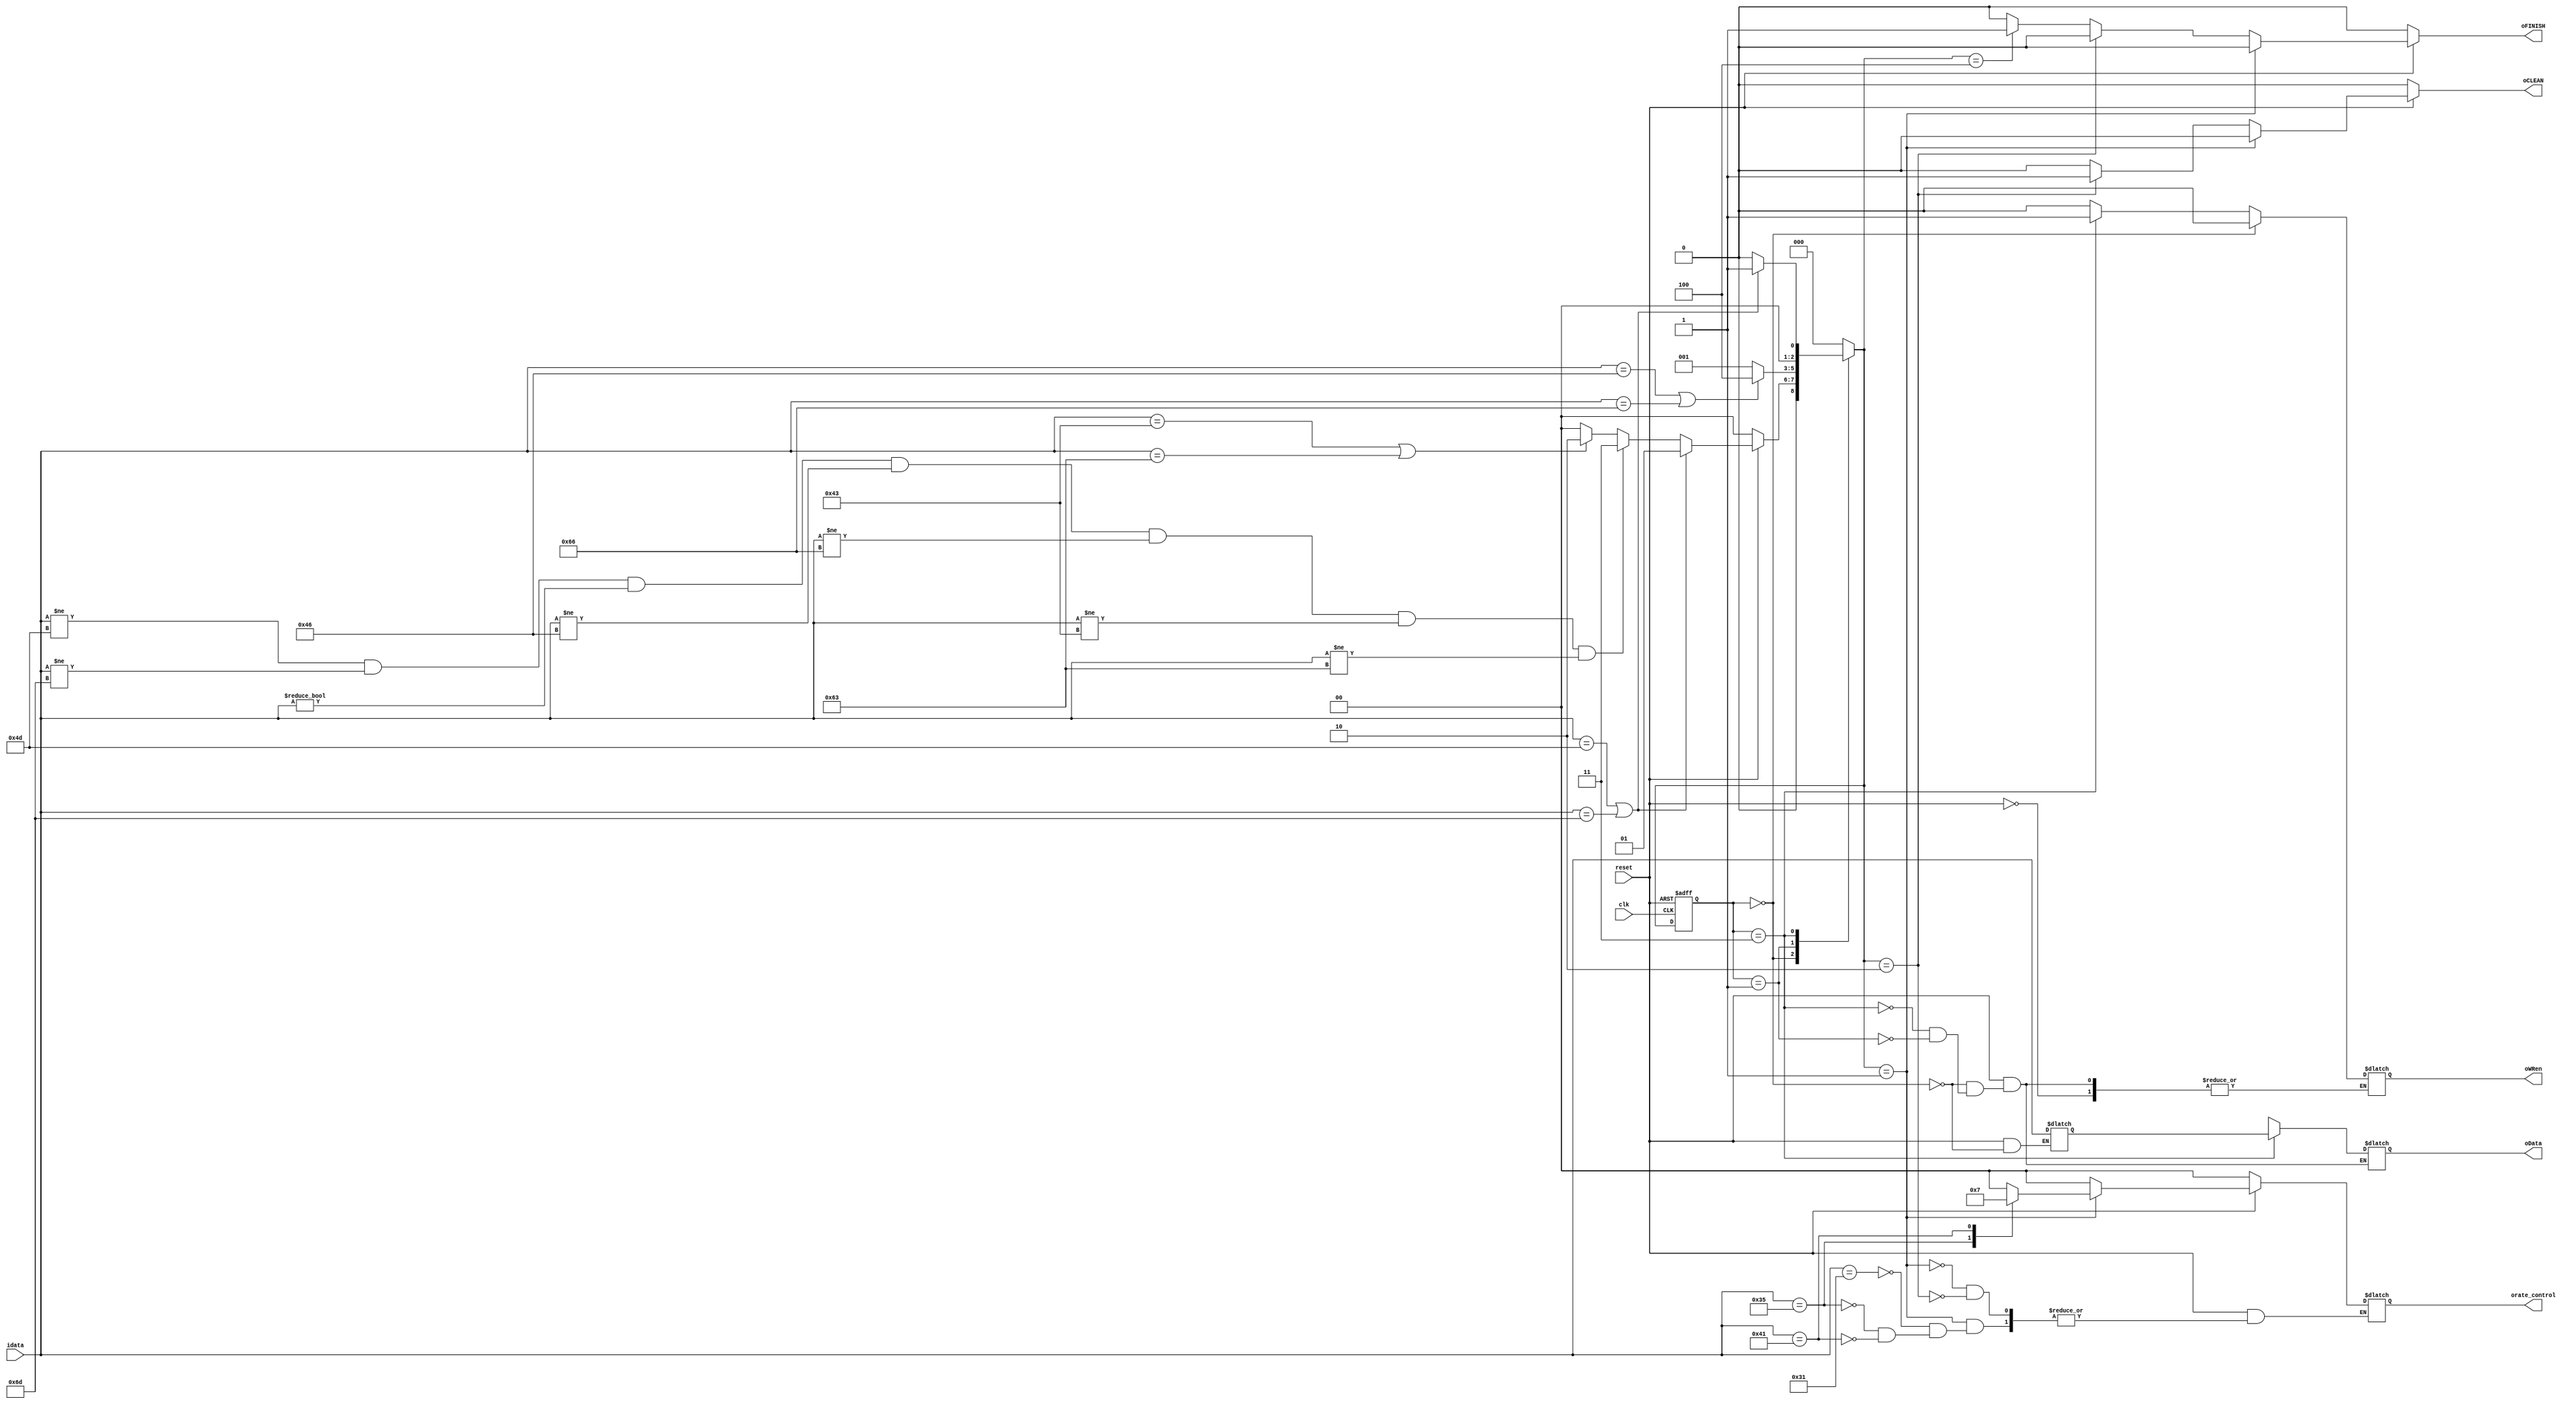
module MODE_CONTROL(clk,reset,idata,orate_control,oData,oWRen,oCLEAN,oFINISH);
input clk,reset;
input [7:0] idata;
output [7:0] oData;
output [1:0]orate_control;
output oWRen;

output oCLEAN;
output oFINISH;

parameter IDLE = 3'd0;
parameter START_CONTROL = 3'd1;
parameter CLEAN = 3'd2;
parameter NORMAL = 3'd3;
parameter FINISH_CONTROL = 3'd4;

reg [2:0] current_state,next_state;
reg [1:0] rate_control;
reg [7:0] data_buffer;
reg [7:0] Data;
reg roWRen;

reg rCLEAN;
reg rFINISH;
assign oWRen = roWRen;
assign orate_control = rate_control;
assign oData = Data;

assign oCLEAN = rCLEAN;
assign oFINISH = rFINISH;
always @ (posedge clk or negedge reset)begin
    if(!reset)
        current_state <= IDLE;
    else
        current_state <= next_state;
end 
always @ (*)begin
        case(current_state)
            IDLE : begin
					if(!reset)next_state = IDLE;
					else if(idata == 8'b01001101 || idata == 8'b01101101)next_state = START_CONTROL;//m or M
					else if(idata != 8'b01001101 && idata != 8'b01101101 && idata != 8'b00000000 && idata != 8'b01000110 && idata != 8'b01100110 && idata != 8'b01000011 && idata != 8'b01100011)begin
						next_state = NORMAL;
					end
					else if(idata == 8'b01000011 || idata == 8'b01100011)next_state = CLEAN;//c or C
					else begin
						next_state = IDLE;
					end
            end
            START_CONTROL : begin
					if(idata == 8'b01000110 || idata == 8'b01100110)next_state = FINISH_CONTROL;//f or F					
					else begin
					next_state = START_CONTROL;
					end
            end
				CLEAN : begin
					next_state = IDLE;
            end
				NORMAL:begin
					if(idata == 8'b01001101 || idata == 8'b01101101)next_state = START_CONTROL;//m or M
					else begin
					next_state = IDLE;
					end
				end
				FINISH_CONTROL:begin
					next_state = IDLE;
				end
				default : next_state = IDLE;
        endcase
end
always@(*)begin
	if(!reset)begin
		data_buffer <= 8'bx;
		Data <= 8'bx;
	end
	else if(current_state == IDLE)begin
		roWRen <= 1'b0;
		Data <= 8'bx;
		if(idata == 8'b01001101 || idata == 8'b01101101 || idata == 8'b01000110 || idata == 8'b01100110 || idata == 8'b01000011 || idata == 8'b01100011)data_buffer <= 8'bx;
		else data_buffer <= idata;
	end
	else if(current_state == NORMAL)begin
		Data <= data_buffer;
		roWRen <= 1;
	end 
	else if(current_state == START_CONTROL)begin
		roWRen <= 0;
		Data <= 8'bx;
	end
end
always@(*)begin
	if(!reset)begin
		rate_control <= 2'b00;
		rCLEAN <= 1'b0;
		rFINISH <= 1'b0;
	end
	else if(next_state == START_CONTROL)begin // START_CONTROL
		rCLEAN <= 1'b0;
		rFINISH <= 1'b0;
		case(idata)
			8'b00110001:rate_control <= 2'b00; //1
			8'b00110101:rate_control <= 2'b01; //5
			8'b01000001:rate_control <= 2'b11; //A
		default: rate_control <= rate_control;
		endcase
	end
	else if(next_state == CLEAN)begin // CLEAN
		rCLEAN <= 1'b1;
		rate_control <= 2'b00;
		rFINISH <= 1'b0;
	end
	else if(next_state == FINISH_CONTROL)begin // FINISH_CONTROL
		rCLEAN <= 1'b0;
		rate_control <= rate_control;
		rFINISH <= 1'b1;
	end
	else begin 
		rate_control <= rate_control;
		rCLEAN <= 1'b0;
		rFINISH <= 1'b0;
	end
end
endmodule